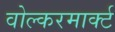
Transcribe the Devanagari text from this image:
वोल्करमार्क्ट